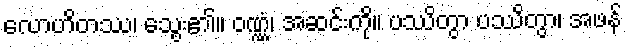
လောဟိတဿ၊ သွေး၏။ ဝဏ္ဏံ၊ အဆင်းကို။ ပဿိတွာ ပဿိတွာ၊ အဖန်